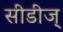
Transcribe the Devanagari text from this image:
सीडीज्